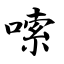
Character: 嗦